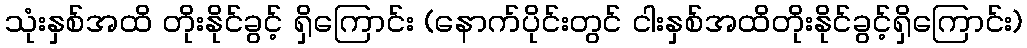
သုံးနှစ်အထိ တိုးနိုင်ခွင့် ရှိကြောင်း (နောက်ပိုင်းတွင် ငါးနှစ်အထိတိုးနိုင်ခွင့်ရှိကြောင်း)